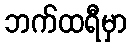
ဘက်ထရီမှာ